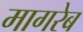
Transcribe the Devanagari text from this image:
मागरेब